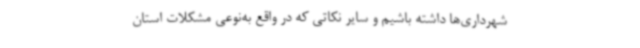
شهرداری‌ها داشته باشیم و سایر نکاتی که در واقع به‌نوعی مشکلات استان